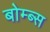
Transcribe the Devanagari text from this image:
बोम्ब्स